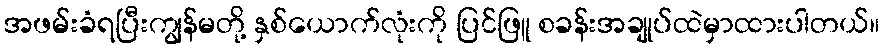
အဖမ်းခံရပြီးကျွန်မတို့ နှစ်ယောက်လုံးကို ပြင်ဖြူ စခန်းအချုပ်ထဲမှာထားပါတယ်။